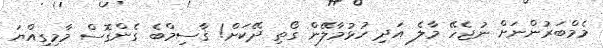
މެމްބަރުންނަށް ނުޖެހޭ މާލެ އަދި ހުޅުމާލޭން ގޯތި ދޭކަށް! ޤާސިމްބެ ގެންގޮސް މާމިގިއްޔަ